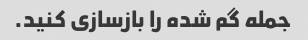
جمله گم شده را بازسازی کنید.